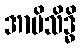
အာမိသိဒ္ဓိ